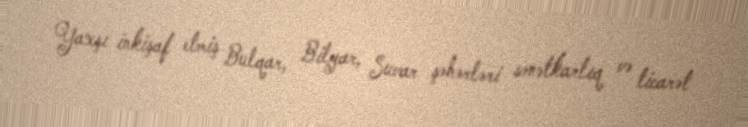
Yaxşı inkişaf etmiş Bulqar, Bilyar, Suvar şəhərləri sənətkarlıq və ticarət